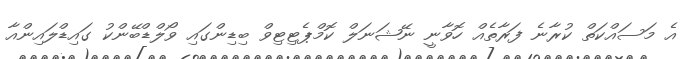
އެ މަސައްކަތް ކުރާނެ ފަރާތެއް ހޮވާނީ ނޭޝަނަލް ކޮމްޕެޓިޓިވް ބިޑިންގައި ވޯލްޑްބޭންކު ގައިޑްލައިންއާ